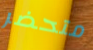
متحضر